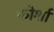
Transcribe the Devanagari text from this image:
फोर्शा